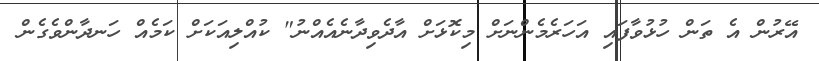
އޭރުން އެ ތަން ހުޅުވާފައި އަހަރެމެންނަށް މިކޮޅަށް އާދެވިދާނެއެއްނު" ކުއްލިއަކަށް ކަމެއް ހަނދާންވެގެން